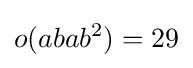
o(abab^{2})=29